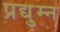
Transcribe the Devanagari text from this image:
प्रद्यु्म्न